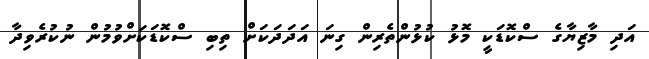
އަދި މާޒިޔާގެ ސްކޮޑަކީ މޮޅު ކުޅުންތެރިން ގިނަ އަދަދަކަށް ތިބި ސްކޮޑަކަށްވުމުން ނުކުރެވިދާ